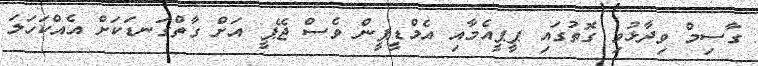
ގާސިމް ވިދާޅުވި ގޮތުގައި ޕީޕީއެމާއި އެމްޑީޕީން ވެސް ޖޭޕީ އަށް ގާތްގަނޑަކަށް އެއްކަހަލަ